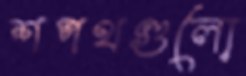
শপথগুলো